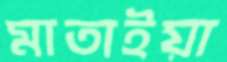
মাতাইয়া